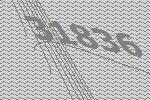
31836